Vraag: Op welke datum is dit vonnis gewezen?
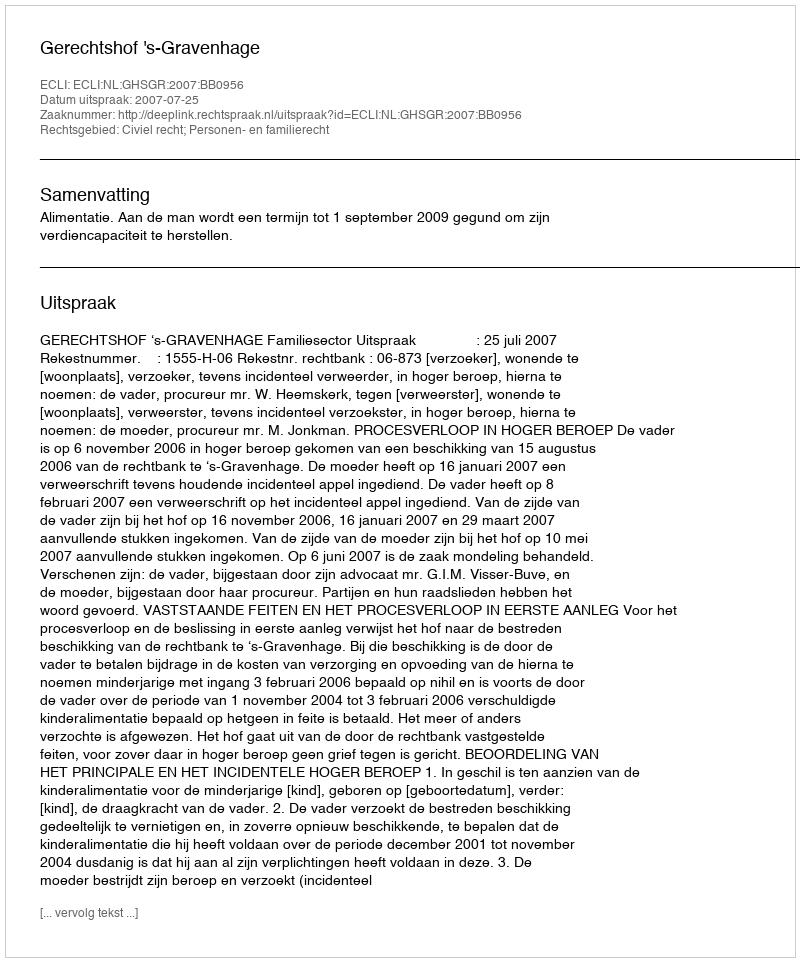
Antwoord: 2007-07-25